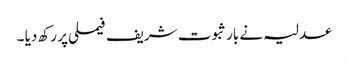
عدلیہ نے بار ثبوت شریف فیملی پر رکھ دیا ۔